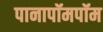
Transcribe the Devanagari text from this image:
पानापॉमपॉम